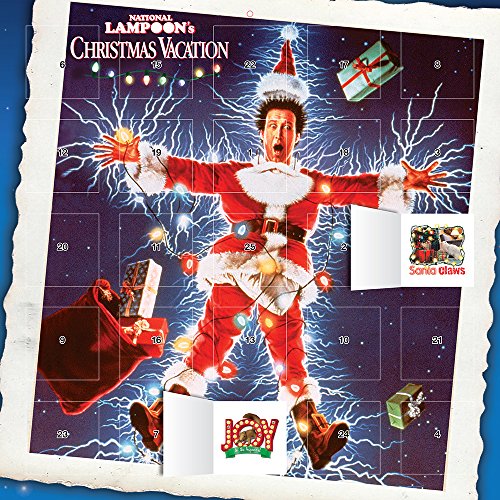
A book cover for National Lampoon Christmas Vacation 2015 Square 12x12 Advent; BrownTrout; Calendars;